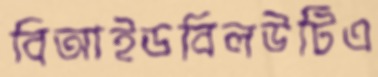
বিআইডবিলউটিএ